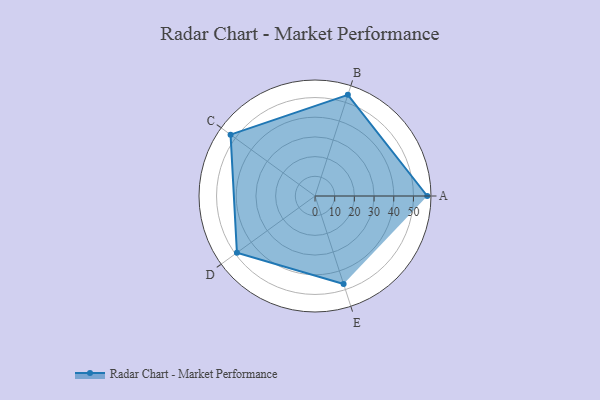
{"axis": {"x": "Skill", "y": "Score"}, "legend": ["Profile"], "data": [{"x": "A", "y": 57.0, "type": "Profile"}, {"x": "B", "y": 54.0, "type": "Profile"}, {"x": "C", "y": 53.0, "type": "Profile"}, {"x": "D", "y": 49.0, "type": "Profile"}, {"x": "E", "y": 47.0, "type": "Profile"}]}